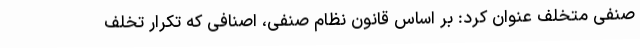
صنفی متخلف عنوان کرد: بر اساس قانون نظام صنفی، اصنافی که تکرار تخلف